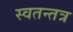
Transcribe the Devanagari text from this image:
स्वतन्तत्र